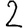
Digit: 2